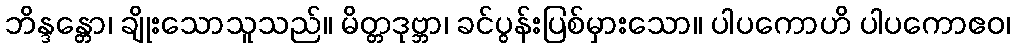
ဘိန္ဒန္တော၊ ချိုးသောသူသည်။ မိတ္တဒုဗ္ဘာ၊ ခင်ပွန်းပြစ်မှားသော။ ပါပကောဟိ ပါပကောဧဝ၊